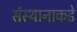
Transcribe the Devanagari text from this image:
संस्थानाकडे